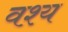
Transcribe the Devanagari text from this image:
वश्य